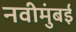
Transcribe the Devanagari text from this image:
नवीमुंबई